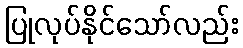
ပြုလုပ်နိုင်သော်လည်း